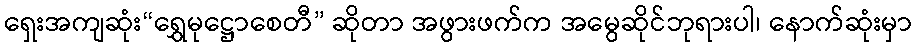
ရှေးအကျဆုံး“ရွှေမုဋ္ဌောစေတီ” ဆိုတာ အဖွားဖက်က အမွေဆိုင်ဘုရားပါ၊ နောက်ဆုံးမှာ